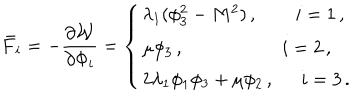
LaTeX: \bar { F } _ { i } = - \frac { \partial { \cal W } } { \partial \Phi _ { i } } = \left\{ \begin{array} { l } { { \lambda _ { 1 } ( \phi _ { 3 } ^ { 2 } - M ^ { 2 } ) \, , \, \, \, i = 1 \, , } } \\ { { \mu \phi _ { 3 } \, , \qquad ~ i = 2 \, , } } \\ { { 2 \lambda _ { 1 } \phi _ { 1 } \phi _ { 3 } + \mu \phi _ { 2 } \, , \, \, \, \, i = 3 \, . } } \\ \end{array} \right.